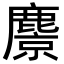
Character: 麖